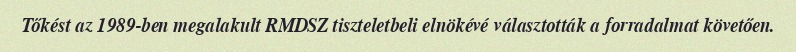
Tőkést az 1989-ben megalakult RMDSZ tiszteletbeli elnökévé választották a forradalmat követően.